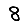
Digit: 8